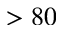
> 8 0